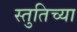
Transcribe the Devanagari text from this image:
स्तुतिच्या